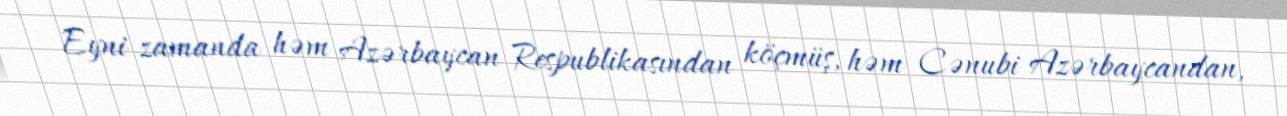
Eyni zamanda həm Azərbaycan Respublikasından köçmüş, həm Cənubi Azərbaycandan,